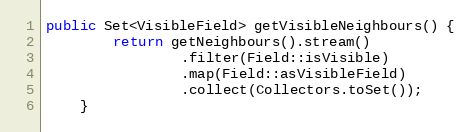
Language: Java
public Set<VisibleField> getVisibleNeighbours() {
        return getNeighbours().stream()
                .filter(Field::isVisible)
                .map(Field::asVisibleField)
                .collect(Collectors.toSet());
    }